Madras plague regulations in force outside the Presidency town - Volume 7
Disease focus: Plague
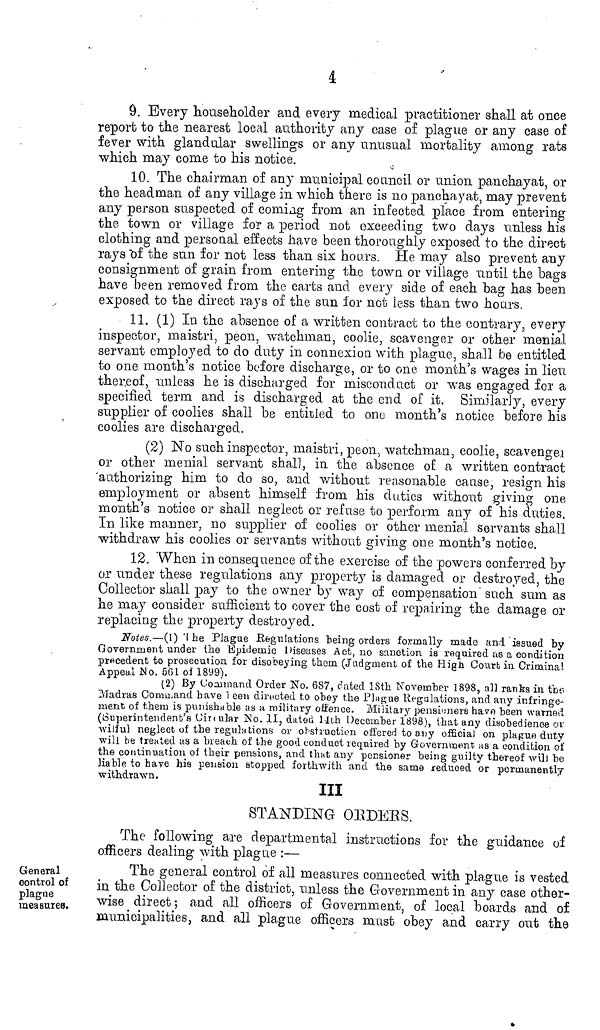
4
9. Every householder and every medical practitioner shall at once
report to the nearest local authority any case of plague or any case of
fever with glandular swellings or any unusual mortality among rats
which may come to his notice.
10. The chairman of any municipal council or union panchayat, or
the headman of any village in which there is no panchayat, may prevent
any person suspected of coming from an infected place from entering
the town or village for a period not exceeding two days unless his
clothing and personal effects have been thoroughly exposed to the direct
rays "of the sun for not less than six hoars. He may also prevent any
consignment of grain from entering the town or village until the bags
have been removed from the carts and every aide of each bag has been
exposed to the direct rays of the sun for not less than two hours.
11. (1) In the absence of a written contract to the contrary, every
inspector, maistri, peon, watchman, coolie, scavenger or other menial,
servant employed to do duty in connexion with plague, shall be entitled
to one month's notice before discharge, or to one month's wages in lieu
ther.eof, unless he is discharged for miscond act or was engaged for a
specified term and is discharged at the end of it. Similarly, every
supplier of coolies shall be entitled to one month's notice before his
coolies are discharged.
(2) No such inspector, maistri, peon, watchman, coolie, scavengei
or other menial servant shall, in the absence of a written contract
'authorizing him to do so, and without reasonable cause, resign his
employment or absent himself from his duties without giving one
month's notice or shall neglect or refase to perform any of his duties.
In like manner, no supplier of coolies or other menial servants shall
withdraw his coolies or servants without giving one month's notice.
12. When in consequence of the exercise of the powers conferred by
or under these regulations any property is damaged or destroyed, the
Collector shall pay to the owner by way of compensation' such sum as
he may consider sufficient to cover the cost of repairing the damage or
replacing the property destroyed.
Notes.—(1) 'the Plague Regulations being orders formally made and issued by
Government under the Epidemic Diseases Act, no sanction is required us a condition
precedent to prosecution, for disobeying them (Judgment oí the High Courb in Crimina!
Appeal JMo. 501 of 1899).
(2) By Uormnaml Order No. 687, dated 18th November 1898, all ranks in tbs
Madras Coraa.and have been directed to obey the Pingue Regulations, and any infringem
ent of them is punishable as a military oft'ence. Military pensioners have been warned
(Superintendent's Circular No. II, dated 14th December 1898), that any disobedience or
wilful neglect of the régula lions or obstruction offered to any official on plague duty
will be treated as a hi each of the good conduct lequired by Government as a condition of
the continuation of their pensions, and that any pensioner being guilty thereof will be
liable to have his pension stopped forthwith and the same reduced or permanently
withdrawn.
Ill
STANDING ORDERS.
The following are departmental instructions for the guidance oí
officers dealing with plague :—
General
control of
plague
measures.
The general control of all measures connected with plague is vested
in the Collector of the district, unless the Government in any case other-
wise direct ; and all officers of Government, of local boards and of
municipalities, and all plague officers mast obey and carry out the